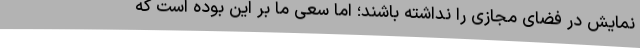
نمایش در فضای مجازی را نداشته باشند؛ اما سعی ما بر این بوده است که